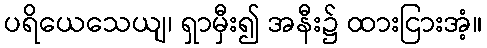
ပရိယေသေယျ၊ ရှာမှီး၍ အနီး၌ ထားငြားအံ့။